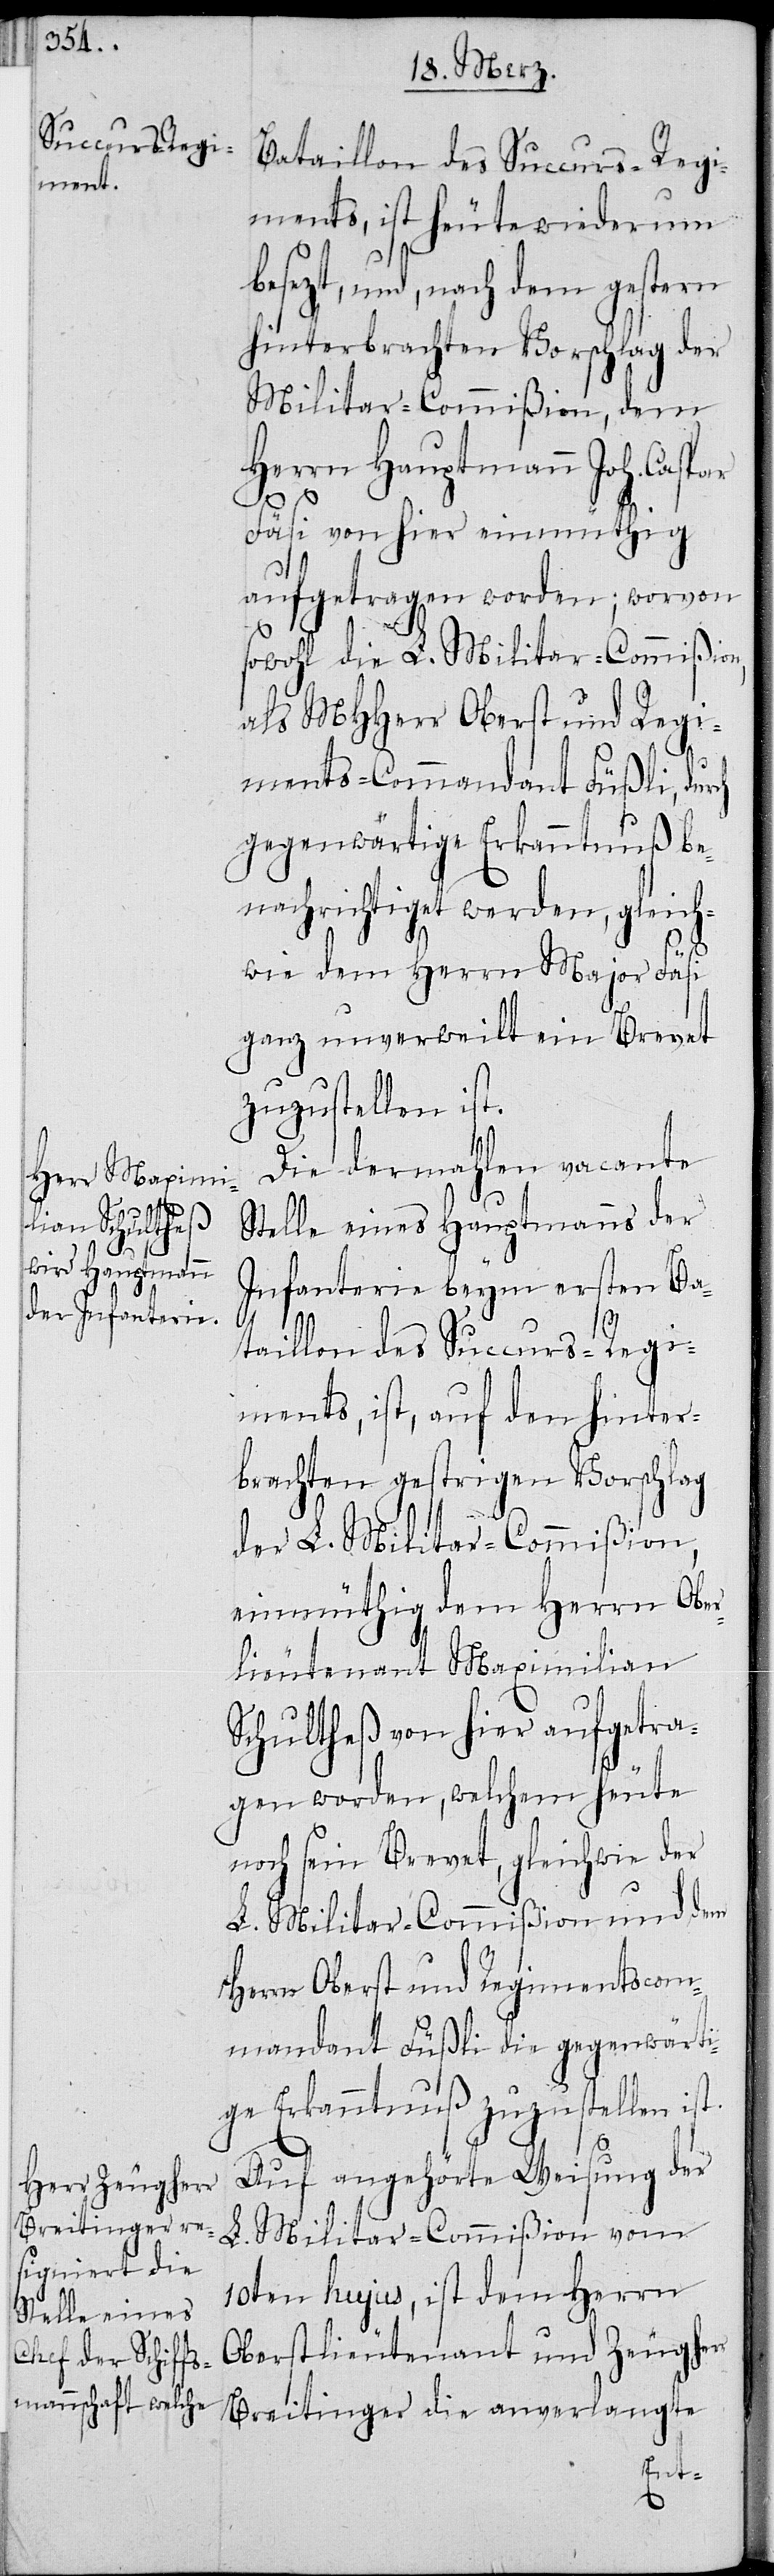
Bataillon des Succurs-Regi¬
ments, ist heute wiederum
ezt, und, nach dem gestern
hinterbrachten Vorschlag der
Militar-Commißion, dem
Herrn Hauptmann Joh. Caspar
Fäsi von hier einmüthig
aufgetragen worden; wovon
sowohl die L. Militar-Commißion,
als MHHerr Oberst und Regi¬
ments-Commandant Füßli, durch
gegenwärtige Erkanntnuß be¬
nachrichtiget werden, gleich¬
wie dem Herrn Major Fäsi
ganz unverweilt ein Brevet
zuzustellen ist.
Die dermahlen vacante
Stelle eines Hauptmanns der
Infanterie beym ersten Ba¬
taillon des Succurs-Regi¬
ments, ist, auf den hinter¬
brachten gestrigen Vorschlag
der L. MIlitar-Commißion,
einmüthig dem Herrn Ober¬
lieutenant Maximilian
Schultheß von hier aufgetra¬
gen worden, welchem heute
noch sein Brevet, gleichwie der
L. Militar-Commißion und dem
Herrn Oberst und Regimentscom¬
mandant Füßli die gegenwärti¬
ge Erkanntnuß zuzustellen ist.
Auf angehörte Weisung der
L. Militar-Commißion vom
10ten hujus, ist dem Herrn
Oberstlieutenant und Zeugherr
Breitinger die anverlangte
bes¬